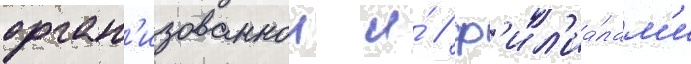
орган'изованнои и́ / ф'ил'иа́лам'и